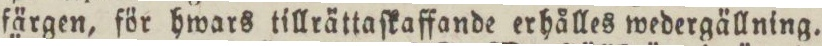
färgen, för hwars tillrättaſkaffande erhålles wedergällning.